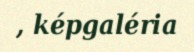
, képgaléria